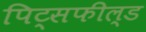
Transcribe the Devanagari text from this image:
पिट्सफील्ड